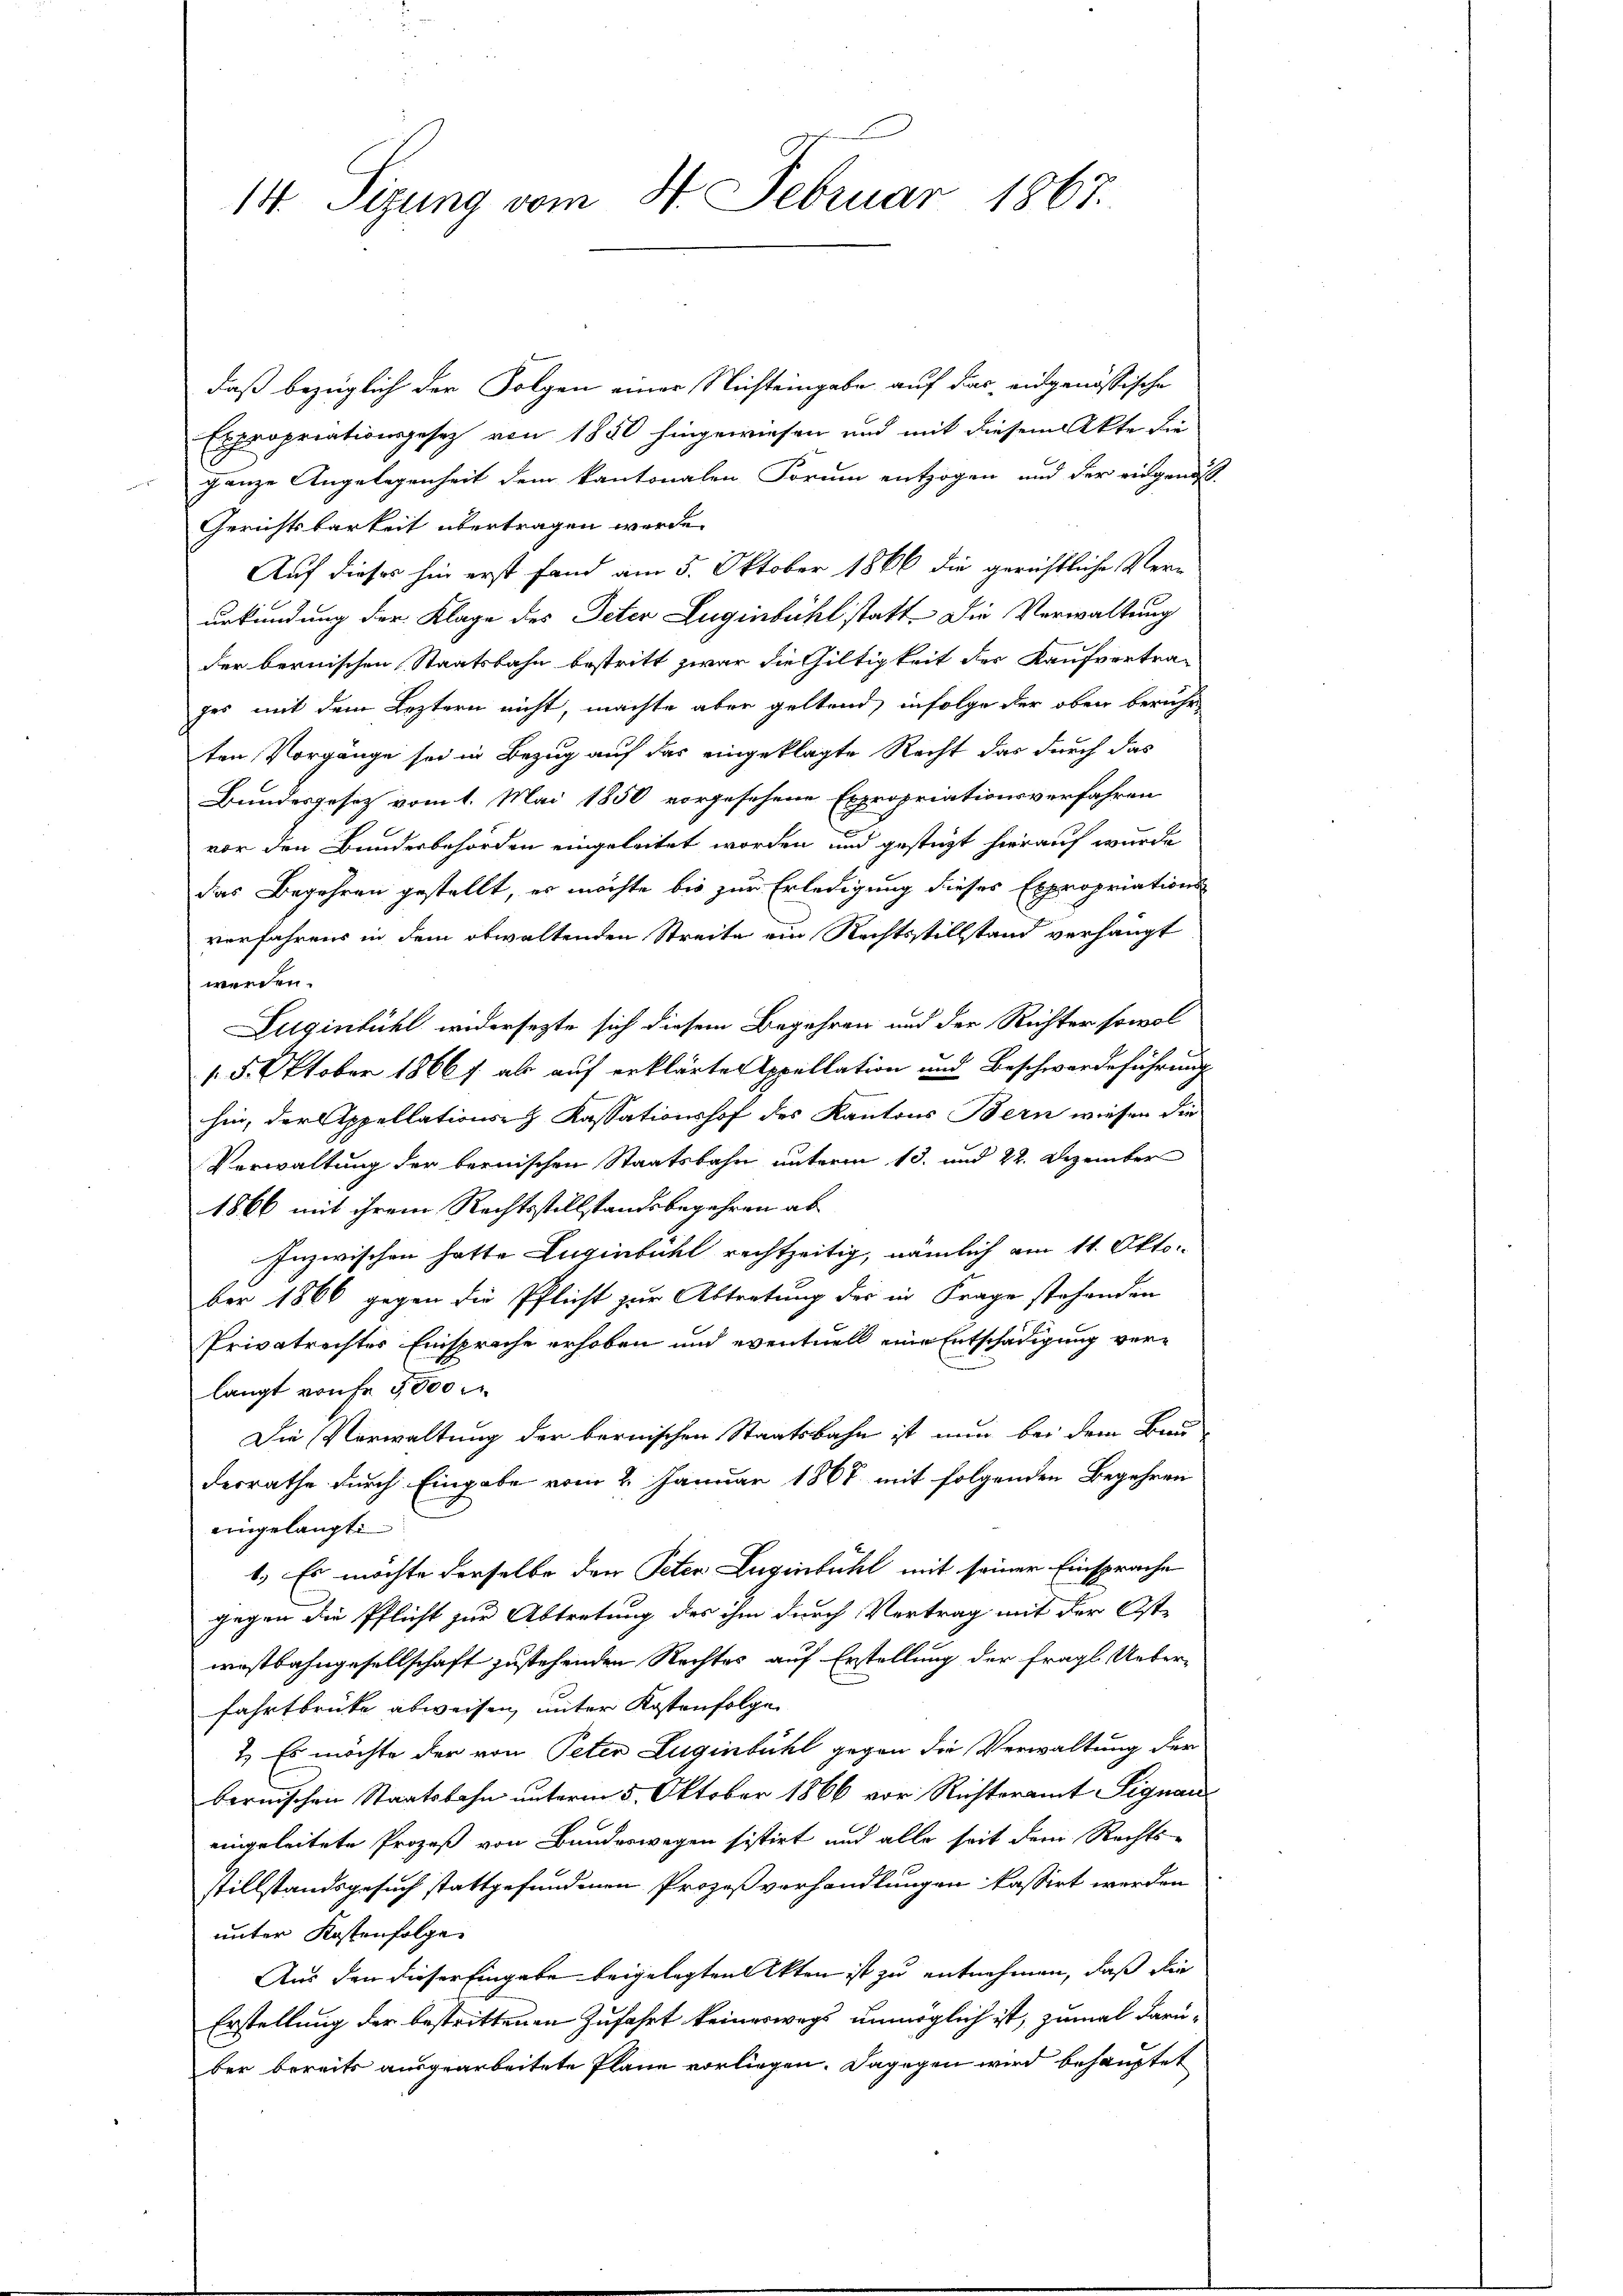
14. Sizung vom 4. Februar 1867.

daß bezüglich der Folgen einer Nichteingabe auf das eidgenössische
Expropriationsgesetz von 1850 hingewiesen und mit diesem Akte die
ganze Angelegenheit dem kantonalen Forum entzogen und der eingenoss
Gerichtsbarkeit übertragen werde.
Auf dieses hin erst fand am 5. Oktober 1866 die gerichtliche Verurkundung der Klage des Peter Luginbühl statt. Die Verwaltung
der bernischen Staatsbahn bestritt zwar die Giltigkeit der Kaufvertra-
ges mit dem Leztern nicht, machte aber geltend, infolge der oben beruhe
ten Vorgänge sei in Bezug auf das eingeklagte Recht das durch das
Bundesgesetz vom 1. Mai 1850 vorgesehene Expropriationsverfahren
vor den Bundesbehörden eingeleitet worden und gestüzt hierauf wurde
das Begehren gestellt, es möchte bis zur Erledigung dieses Expropriations-
verfahrens in dem obwaltenden Streite ein Rechtsstillstand verhängt
werden.
Euginfühl widersezte sich diesem Begehren und der Richter sowol
15. Oktober 1866 als auf erklärter Appellation und Beschwerdeführung
hin, der Appellations- & Kassationshof des Kantons Bern wiesen die
Verwaltung der bernischen Staatsbahn unterm 13. und 22. Dezember
1866 mit ihrem Rechtsstillstandsbegehren ab
Inzwischen hatte Eugenbühl rechtzeitig, nämlich am 11. Okto
ber 1866 gegen die Pflicht zur Abtretung der in Frage stehenden
Privatrechter Einsprache erhoben und eventuell eine Entschädigung verlangt von fr. 5000
Die Verwaltung der bernischen Staatsbahn ist nun bei dem Bau-
derrathe durch Eingabe vom 2. Januar 1867 mit folgenden Begehren
eingelangt
1.) Es möchte derselbe den Peter Luginbühl mit seiner Einsprache
gegen die Pflicht zur Abtretung des ihm durch Vertrag mit der Oste
wostbahngesellschaft zustehenden Rechtes auf Erstellung der fragl. Ueberfahrtbrücke abweisen, unter Kostenfolge
1.) Es möchte der von Peten Luginbühl gegen die Verwaltung der
bernischen Staatsbahn unterm 5. Oktober 1866 vor Richteramt Signan
eingeleitete Prozeß von Bundeswegen sistirt und alle seit dem Rechts-
stillstandsgesuch stattgefundenen Prozeßverhandlungen kassirt werden
unter Kostenfolge
Aus den dieser Eingabe beigelegten Akten ist zu entnehmen, daß die
Erstellung der bestrittenen Zufahrt keineswegs unmöglich ist, zumal darüber bereits ausgearbeitete Pläne vorliegen. Dagegen wird behauptet